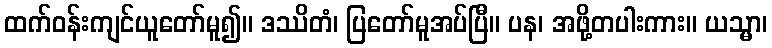
ထက်ဝန်းကျင်ယူတော်မူ၍။ ဒဿိတံ၊ ပြတော်မူအပ်ပြီ။ ပန၊ အဖို့တပါးကား။ ယသ္မာ၊